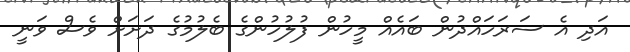
އަދި އެ ސަރަހައްދުން ބައެއް މީހުން ފުލުހުންގެ ބެލުމުގެ ދަށަށް ވެސް ވަނީ